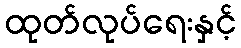
ထုတ်လုပ်ရေးနှင့်